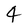
Character: 4